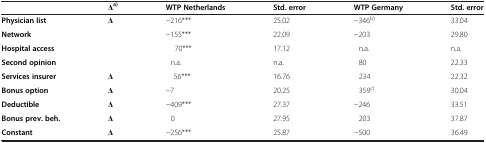
<table><thead><tr><td><b> </b></td><td><b>Δ<sup>a)</sup></b></td><td><b>WTP Netherlands</b></td><td><b>Std. error</b></td><td><b>WTP Germany</b></td><td><b>Std. error</b></td></tr></thead><tbody><tr><td><b>Physician list</b></td><td>Δ</td><td>−216***</td><td>25.02</td><td>−346<sup>b)</sup></td><td>33.04</td></tr><tr><td><b>Network</b></td><td> </td><td>−155***</td><td>22.09</td><td>−203</td><td>29.80</td></tr><tr><td><b>Hospital access</b></td><td> </td><td>70***</td><td>17.12</td><td>n.a.</td><td>n.a.</td></tr><tr><td><b>Second opinion</b></td><td> </td><td>n.a.</td><td>n.a.</td><td>80</td><td>22.33</td></tr><tr><td><b>Services insurer</b></td><td>Δ</td><td>56***</td><td>16.76</td><td>234</td><td>22.32</td></tr><tr><td><b>Bonus option</b></td><td>Δ</td><td>−7</td><td>20.25</td><td>359<sup>c)</sup></td><td>30.04</td></tr><tr><td><b>Deductible</b></td><td>Δ</td><td>−409***</td><td>27.37</td><td>−246</td><td>33.51</td></tr><tr><td><b>Bonus prev. beh.</b></td><td>Δ</td><td>0</td><td>27.95</td><td>203</td><td>37.87</td></tr><tr><td><b>Constant</b></td><td>Δ</td><td>−256***</td><td>25.87</td><td>−500</td><td>36.49</td></tr></tbody></table>